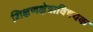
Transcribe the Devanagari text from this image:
शिक्षणक्षेत्राविषयक